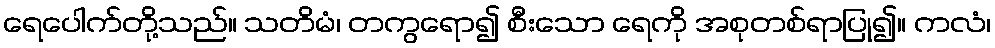
ရေပေါက်တို့သည်။ သတိမံ၊ တကွရော၍ စီးသော ရေကို အစုတစ်ရာပြု၍။ ကလံ၊